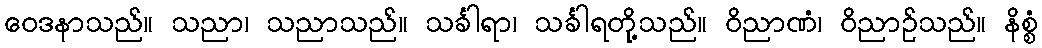
ဝေဒနာသည်။ သညာ၊ သညာသည်။ သင်္ခါရာ၊ သင်္ခါရတို့သည်။ ဝိညာဏံ၊ ဝိညာဉ်သည်။ နိစ္စံ